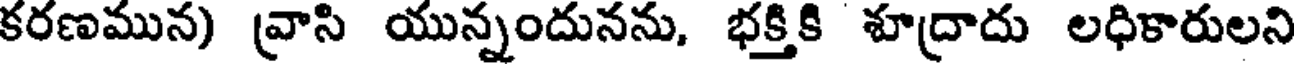
కరణమున) వ్రాసి యున్నందునను, భక్తికి శూద్రాదు లధికారులని